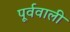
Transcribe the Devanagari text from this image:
पूर्ववाली